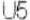
U5